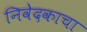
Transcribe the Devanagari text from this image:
निवेदकाचा